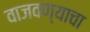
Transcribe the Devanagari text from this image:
वाजवण्याचा